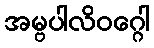
အမ္ဗပါလိဝဂ္ဂေါ